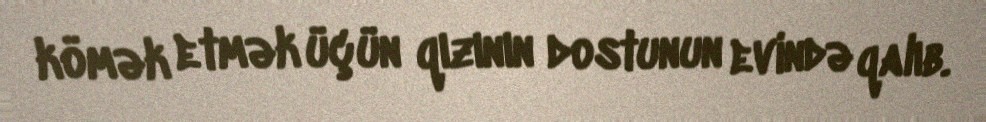
kömək etmək üçün qızının dostunun evində qalıb.